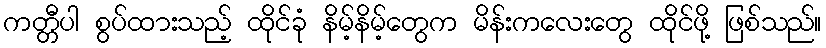
ကတ္တီပါ စွပ်ထားသည့် ထိုင်ခုံ နိမ့်နိမ့်တွေက မိန်းကလေးတွေ ထိုင်ဖို့ ဖြစ်သည်။